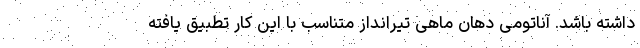
داشته باشد. آناتومی دهان ماهی تیرانداز متناسب با این کار تطبیق یافته